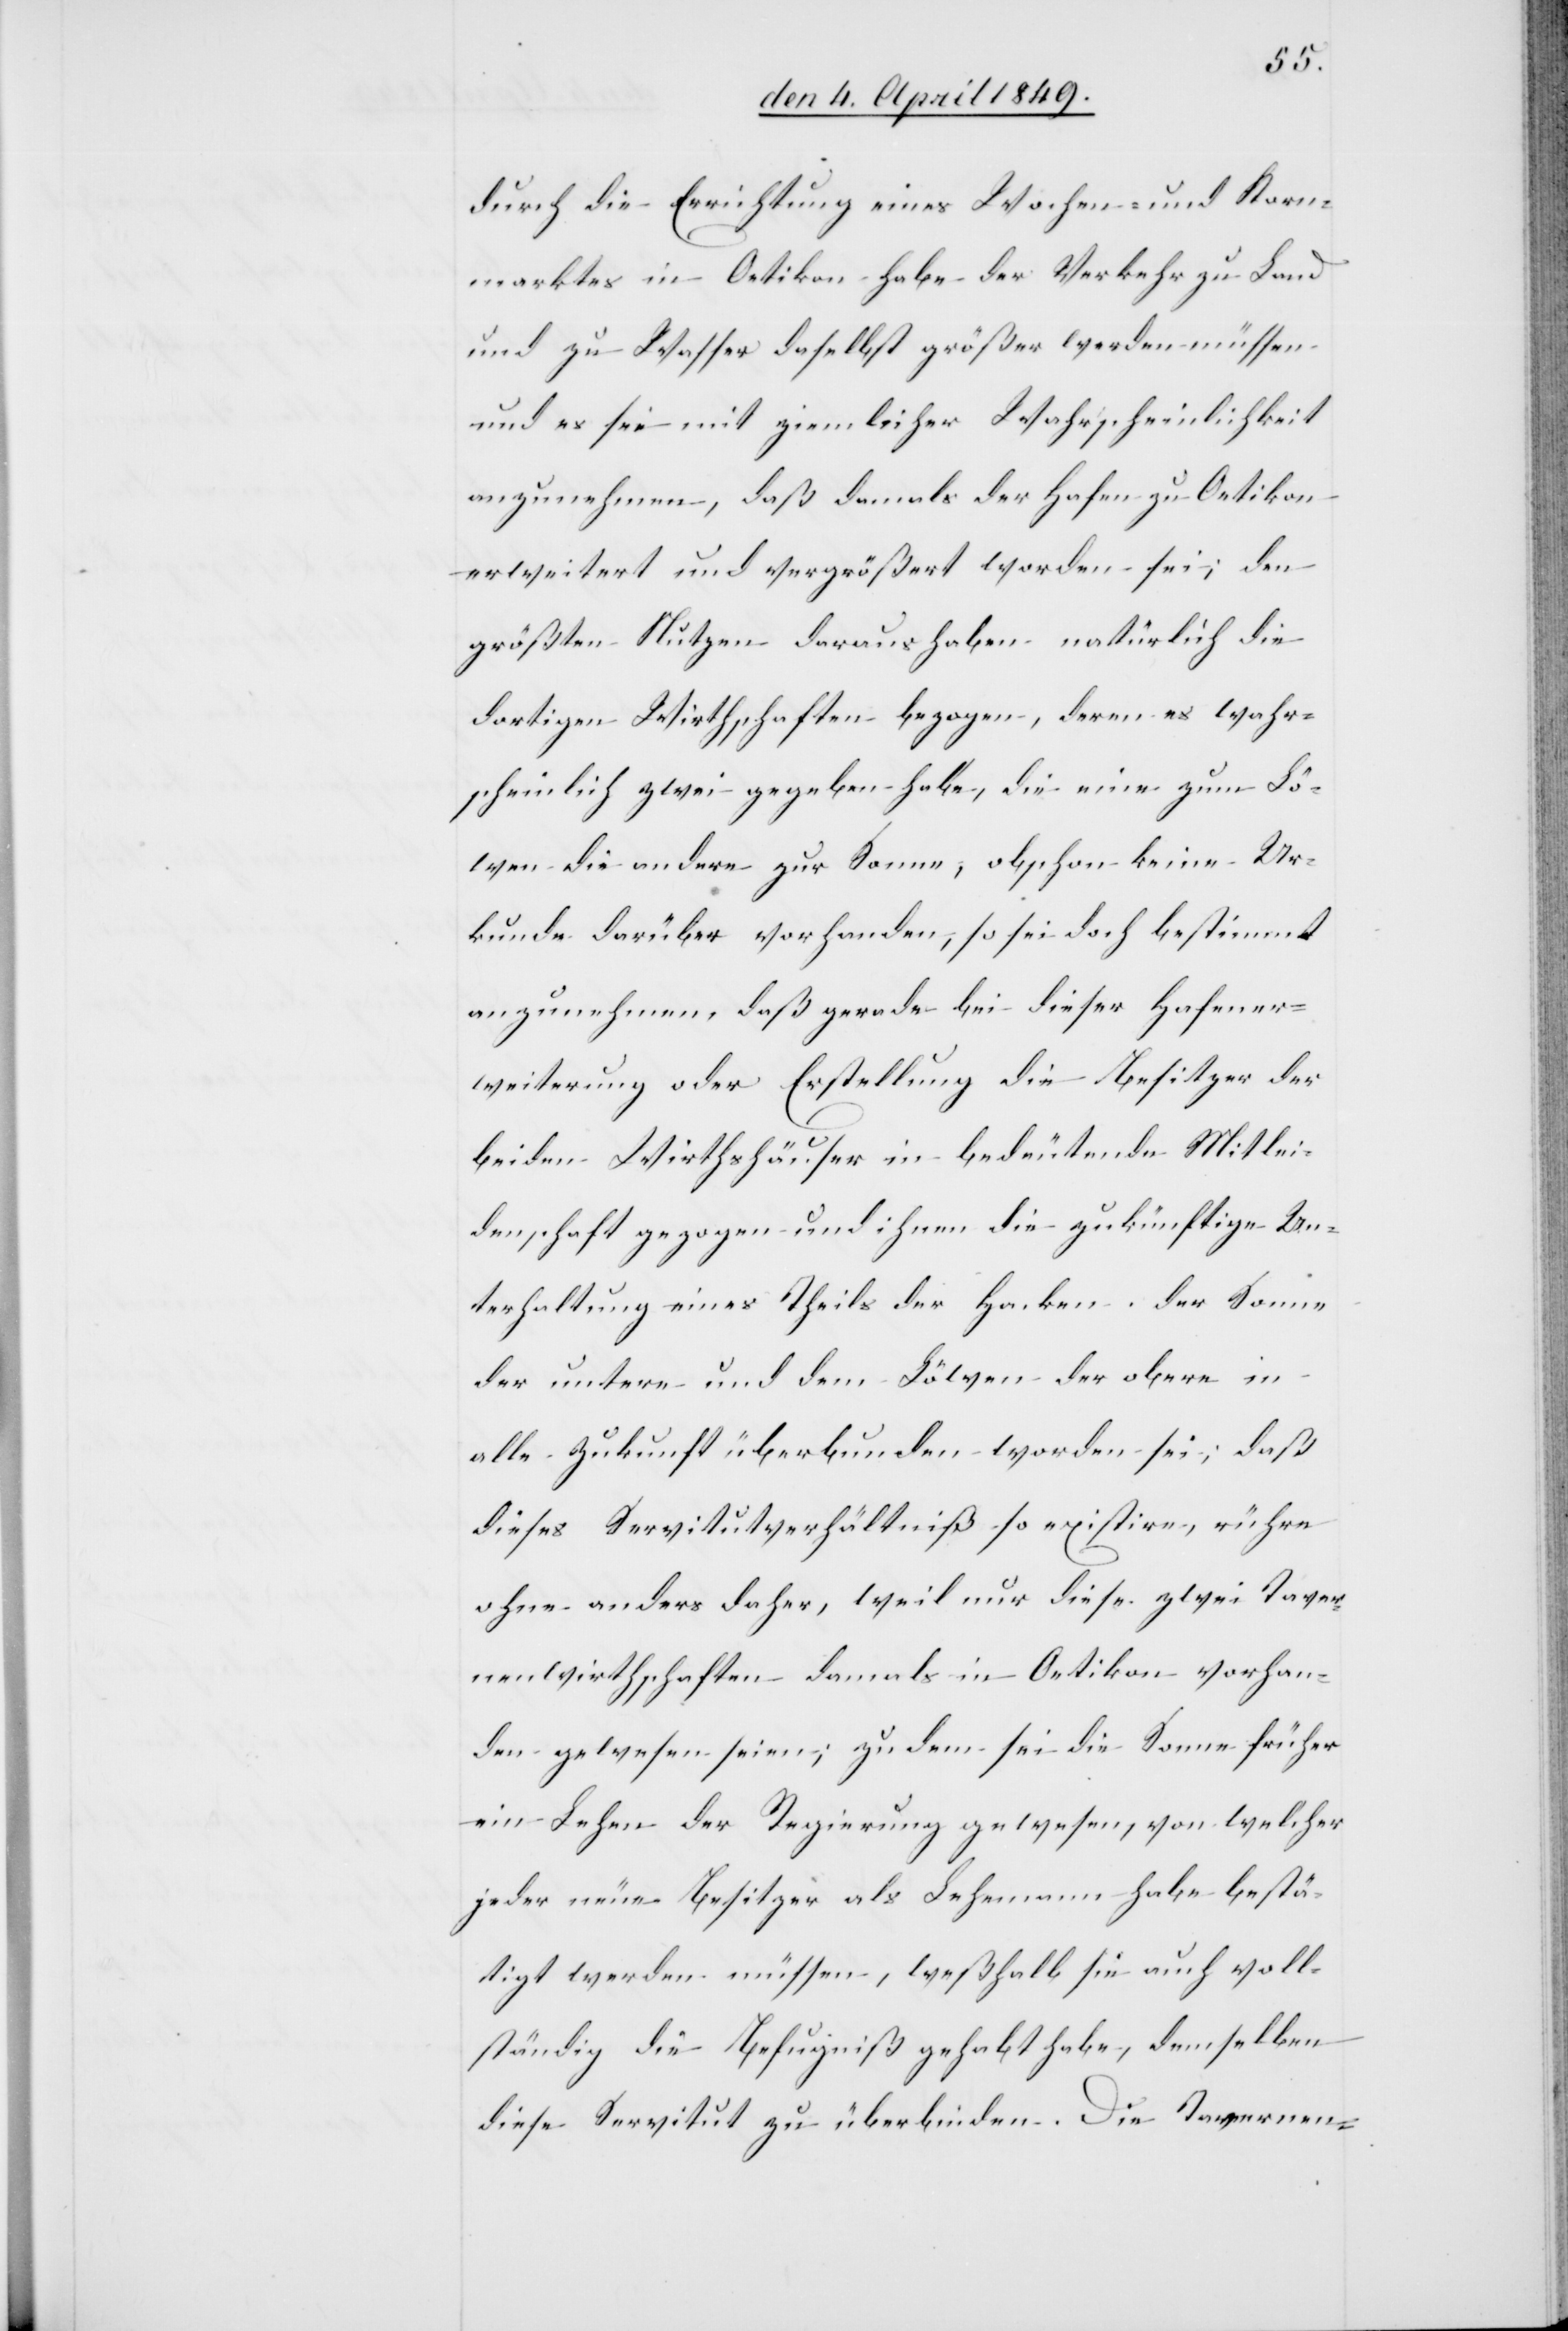
durch die Errichtung eines Wochen- und Korn¬
marktes in Oetikon habe der Verkehr zu Land
und zu Wasser daselbst größer werden müssen
und es sei mit ziemlicher Wahrscheinlichkeit
anzunehmen, daß damals der Hafen zu Oetikon
erweitert und vergrößert worden sei; den
größten Nutzen daraus haben natürlich die
dortigen Wirthschaften bezogen, deren es wahr¬
scheinlich zwei gegeben habe, die eine zum Lö¬
wen die andere zur Sonne, obschon keine Ur¬
kunde darüber vorhanden, so sei doch bestimmt
anzunehmen, daß gerade bei dieser Hafener¬
weiterung oder Erstellung die Besitzer der
beiden Wirthshäuser in bedeutende Mitlei¬
denschaft gezogen und ihnen die zukünftige Un¬
terhaltung eines Theils der Hacken, der Sonne
der untere und dem Löwen der obere in
alle Zukunft überbunden worden sei, daß
dieses Servitutverhältniß so existire, rühre
ohne anders daher, weil nur diese zwei Taver¬
nenwirthschaften damals in Oetikon vorhan¬
den gewesen seien; zu dem sei die Sonne früher
ein Lehen der Regierung gewesen, von welcher
jeder neue Besitzer als Lehenmann habe bestä¬
tigt werden müssen, weßhalb sie auch voll¬
ständig die Befugniß gehabt habe, demselben
diese Servitut zu überbinden. Die Tavernen-